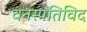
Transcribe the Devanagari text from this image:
वनस्पतिविद